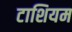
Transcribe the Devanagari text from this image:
टाशियम